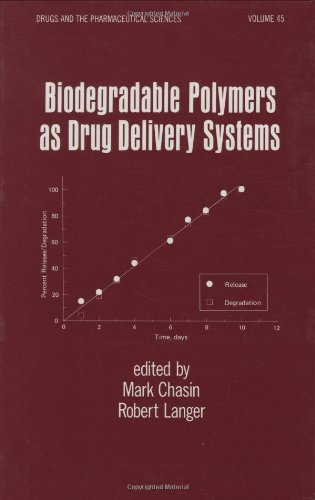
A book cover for Biodegradable Polymers as Drug Delivery Systems (Drugs and the Pharmaceutical Sciences); Medical Books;